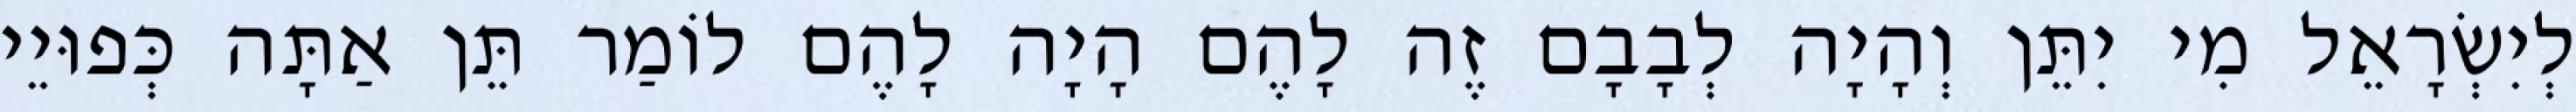
לְיִשְׂרָאֵל מִי יִתֵּן וְהָיָה לְבָבָם זֶה לָהֶם הָיָה לָהֶם לוֹמַר תֵּן אַתָּה כְּפוּיֵי